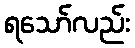
ရသော်လည်း